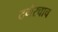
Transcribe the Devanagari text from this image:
टर्नरचाच